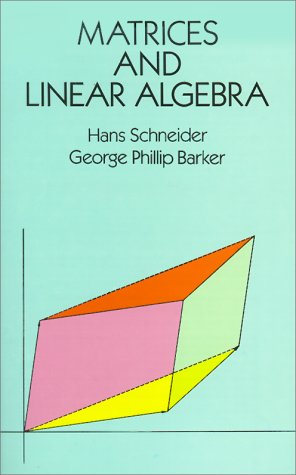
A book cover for Matrices and Linear Algebra (Dover Books on Mathematics); Hans Schneider; Science & Math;